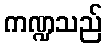
ကဏ္ဍသည်